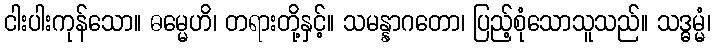
ငါးပါးကုန်သော။ ဓမ္မေဟိ၊ တရားတို့နှင့်။ သမန္နာဂတော၊ ပြည့်စုံသောသူသည်။ သဒ္ဓမ္မံ၊